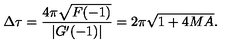
\Delta \tau = { \frac { 4 \pi \sqrt { F ( - 1 ) } } { | G ^ { \prime } ( - 1 ) | } } = 2 \pi \sqrt { 1 + 4 M A } .